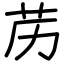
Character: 苈